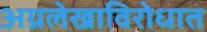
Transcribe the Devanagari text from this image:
अग्रलेखाविरोधात